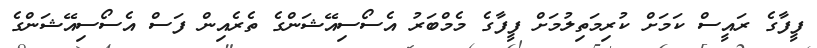
ފީފާގެ ރައީސް ކަމަށް ކުރިމަތިލުމަށް ފީފާގެ މެމްބަރު އެސޯސިއޭޝަންގެ ތެރެއިން ފަސް އެސޯސިއޭޝަންގެ